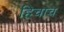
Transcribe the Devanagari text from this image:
हिचाच